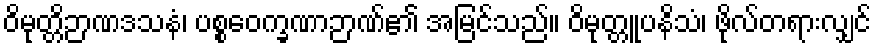
ဝိမုတ္တိဉာဏဒသနံ၊ ပစ္စဝေက္ခဏာဉာဏ်၏ အမြင်သည်။ ဝိမုတ္တူပနိသံ၊ ဖိုလ်တရားလျှင်